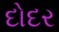
દોદર